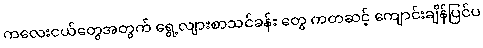
ကလေးငယ်တွေအတွက် ရွေ့လျားစာသင်ခန်း တွေ ကတဆင့် ကျောင်းချိန်ပြင်ပ